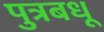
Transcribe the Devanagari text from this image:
पुत्रबधू